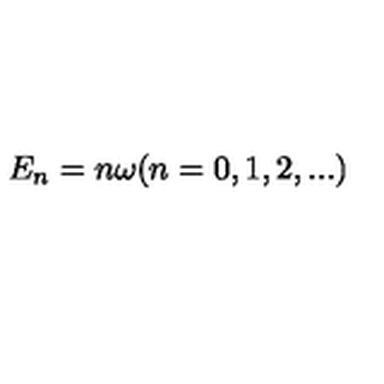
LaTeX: E _ { n } = n \omega ( n = 0 , 1 , 2 , . . . )